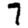
Digit: 7